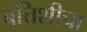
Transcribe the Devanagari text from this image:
बत्तिशीचा